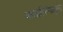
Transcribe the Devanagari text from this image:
काझीरंगातून